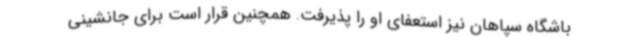
باشگاه سپاهان نیز استعفای او را پذیرفت. همچنین قرار است برای جانشینی